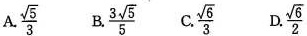
A.\frac { \sqrt { 5 } } { 3 } B.\frac { 3 \sqrt { 5 } } { 5 } C.\frac { \sqrt { 6 } } { 3 } D.\frac { \sqrt { 6 } } { 2 }